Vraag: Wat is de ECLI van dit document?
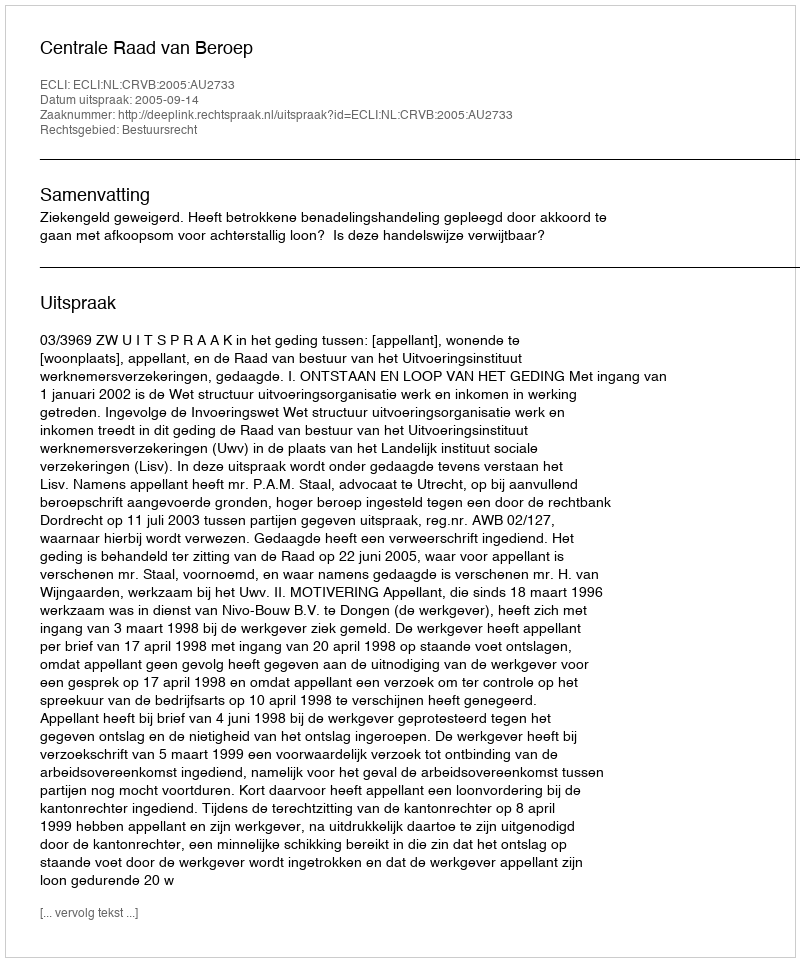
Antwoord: ECLI:NL:CRVB:2005:AU2733